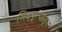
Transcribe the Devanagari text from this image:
सिद्दपूरपासून